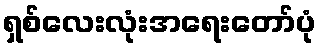
ရှစ်လေးလုံးအရေးတော်ပုံ